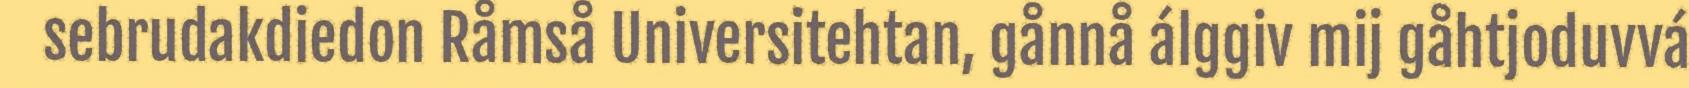
sebrudakdiedon Råmså Universitehtan, gånnå álggiv mij gåhtjoduvvá